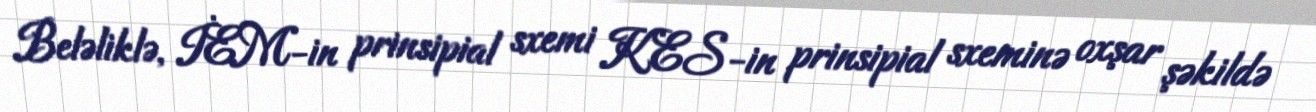
Beləliklə, İEM-in prinsipial sxemi KES-in prinsipial sxeminə oxşar şəkildə